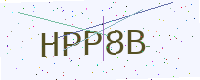
Text: HPP8B